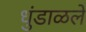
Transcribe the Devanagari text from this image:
धुंडाळले